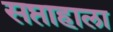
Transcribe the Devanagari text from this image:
सप्ताहाला